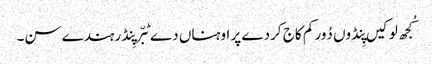
کُجھ لوکیں پِنڈوں دُور کم کاج کردے پر اوہناں دے ٹبّر پِنڈ رہندے سن۔